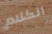
الكلام